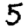
Digit: 5